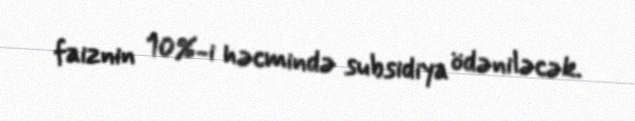
faiznin 10%-i həcmində subsidiya ödəniləcək.